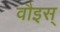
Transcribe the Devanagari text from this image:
वौइस्